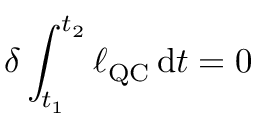
\delta \int _ { t _ { 1 } } ^ { t _ { 2 } } \ell _ { \operatorname { Q C } } \, \mathrm { d } t = 0